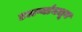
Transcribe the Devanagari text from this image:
ढलप्यांमधून